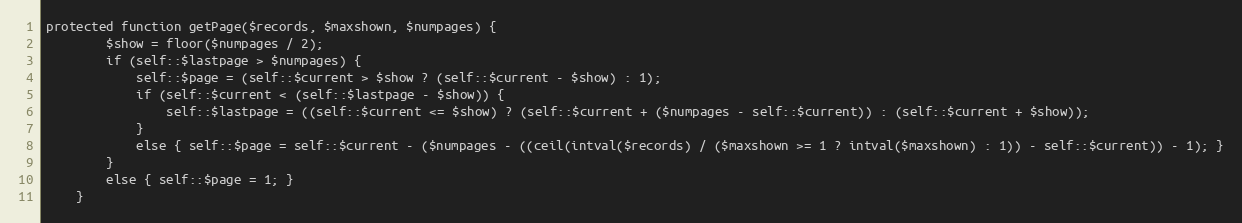
Language: PHP
protected function getPage($records, $maxshown, $numpages) {
        $show = floor($numpages / 2);
        if (self::$lastpage > $numpages) {
            self::$page = (self::$current > $show ? (self::$current - $show) : 1);
            if (self::$current < (self::$lastpage - $show)) {
                self::$lastpage = ((self::$current <= $show) ? (self::$current + ($numpages - self::$current)) : (self::$current + $show));
            }
            else { self::$page = self::$current - ($numpages - ((ceil(intval($records) / ($maxshown >= 1 ? intval($maxshown) : 1)) - self::$current)) - 1); }
        }
        else { self::$page = 1; }
    }